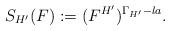
LaTeX: \begin{align*}S_{H'}(F):= (F^{H'})^{\Gamma_{H'}-la}.\end{align*}